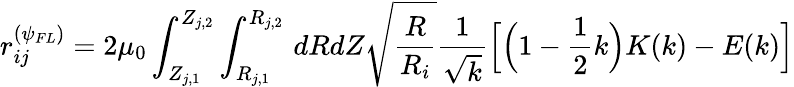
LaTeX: r_{ij}^{(\psi_{FL})}=2\mu_{0}\int_{Z_{j,1}}^{Z_{j,2}}\int_{R_{j,1}}^{R_{j,2}}\, dRdZ\sqrt{\frac{R}{R_{i}}}\frac{1}{\sqrt{k}}\Big[\Big(1-\frac{1}{2}k\Big)K(k)-E(k)\Big]